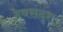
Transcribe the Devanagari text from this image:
देवसदृश